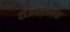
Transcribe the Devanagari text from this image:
दाओस्ताच्या